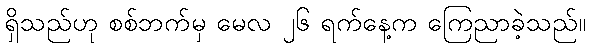
ရှိသည်ဟု စစ်ဘက်မှ မေလ ၂၆ ရက်နေ့က ကြေညာခဲ့သည်။